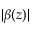
| \beta ( z ) |